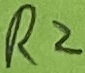
Text: R2